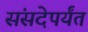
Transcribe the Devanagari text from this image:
संसदेपर्यंत